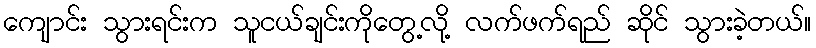
ကျောင်း သွားရင်းက သူငယ်ချင်းကိုတွေ့လို့ လက်ဖက်ရည် ဆိုင် သွားခဲ့တယ်။